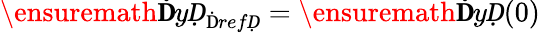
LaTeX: \ensuremath{\mathbf ḊyḌ}_{\mathrm{Ḋ}refḌ}=\ensuremath{\mathbf ḊyḌ}(0)